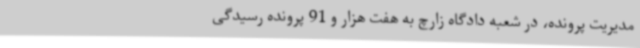
مدیریت پرونده، در شعبه دادگاه زارچ به هفت هزار و 91 پرونده رسیدگی